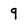
Character: 9